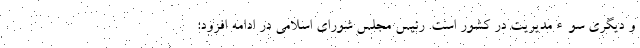
و دیگری سوءمدیریت در کشور است. رئیس مجلس شورای اسلامی در ادامه افزود: